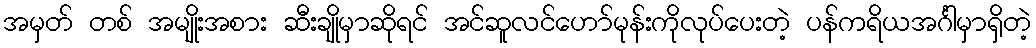
အမှတ် တစ် အမျိုးအစား ဆီးချိုမှာဆိုရင် အင်ဆူလင်ဟော်မုန်းကိုလုပ်ပေးတဲ့ ပန်ကရိယအင်္ဂါမှာရှိတဲ့